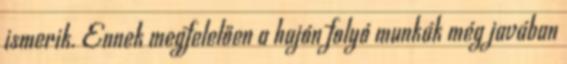
ismerik. Ennek megfelelően a hajón folyó munkák még javában